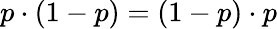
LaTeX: p\cdot(1-p)=(1-p)\cdot p